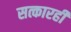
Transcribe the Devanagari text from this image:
सत्कारही